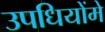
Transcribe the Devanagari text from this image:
उपधियोंमे